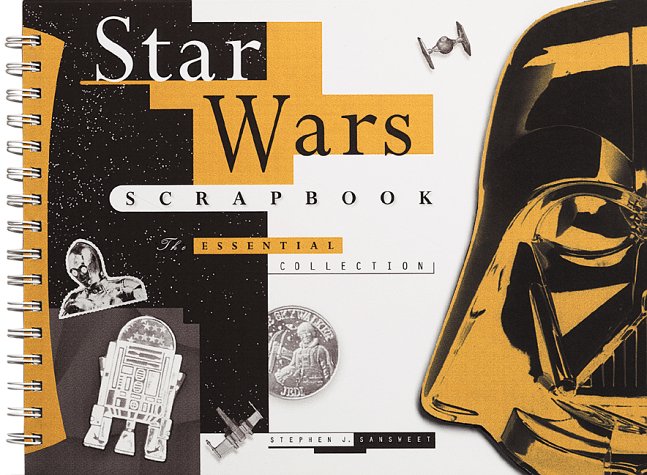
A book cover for Star Wars Scrapbook: The Essential Collection; Stephen Sansweet; Humor & Entertainment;